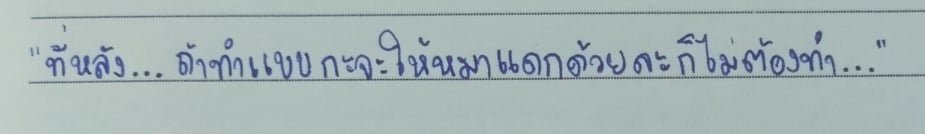
"ทีหลัง...ถ้าทำแบบกะจะให้หมาแดกด้วยละก็ไม่ต้องทำ..."